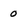
Character: 0